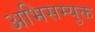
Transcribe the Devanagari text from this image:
अभिसम्युक्त